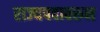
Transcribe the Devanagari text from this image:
राज्यपदावरुन